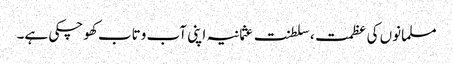
مسلمانوں کی عظمت، سلطنت عثمانیہ اپنی آب وتاب کھوچکی ہے۔